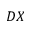
D X